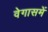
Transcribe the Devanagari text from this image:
वेगासमें